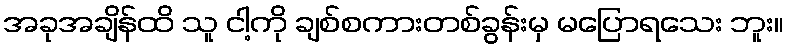
အခုအချိန်ထိ သူ ငါ့ကို ချစ်စကားတစ်ခွန်းမှ မပြောရသေး ဘူး။